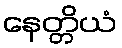
နေတ္တိယံ